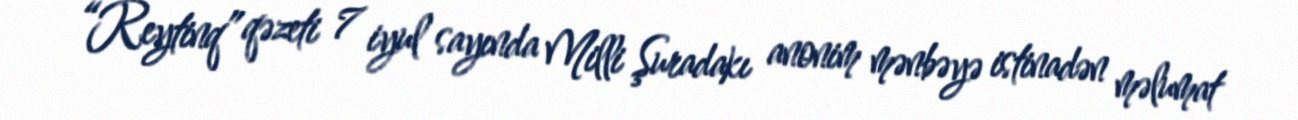
“Reytinq” qəzeti 7 iyul sayında Milli Şuradakı anonim mənbəyə istinadən məlumat